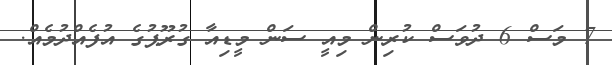
7 މަސް 6 ދުވަސް ކުރިން މިއީ ސަން މީޑިއާ ގުރޫޕުގެ އުފެއްދުމެއް.